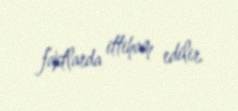
faktlarda ittiham edilir.